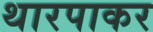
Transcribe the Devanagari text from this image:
थारपाकर